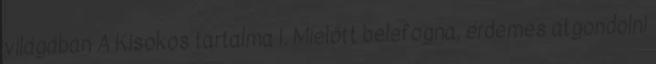
világában A Kisokos tartalma I. Mielőtt belefogna, érdemes átgondolni